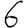
Digit: 6